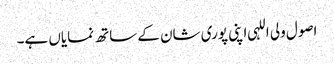
اصول ولی اللہی اپنی پوری شان کے ساتھ نمایاں ہے۔